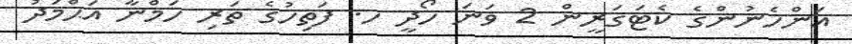
އަންހެނުންގެ ކެޓަގަރީން 2 ވަނަ ހޯދީ ހ. ފަތިހުގެ ތަރި ހަމްނާ އަޙްމަދު